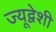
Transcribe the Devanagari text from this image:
ज्यूद्वेशी